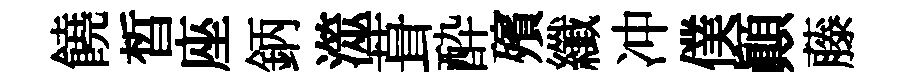
饒晳座鈵澨葺酔殯纖冲僕顚藤